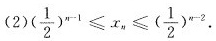
( 2)$$( \frac { 1 } { 2 } ) ^ { n - 1 } ≤ x _ { n } ≤ ( \frac { 1 } { 2 } ) ^ { n - 2 }$$.